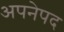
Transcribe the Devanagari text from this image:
अपनेपद